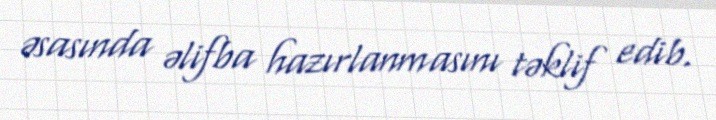
əsasında əlifba hazırlanmasını təklif edib.